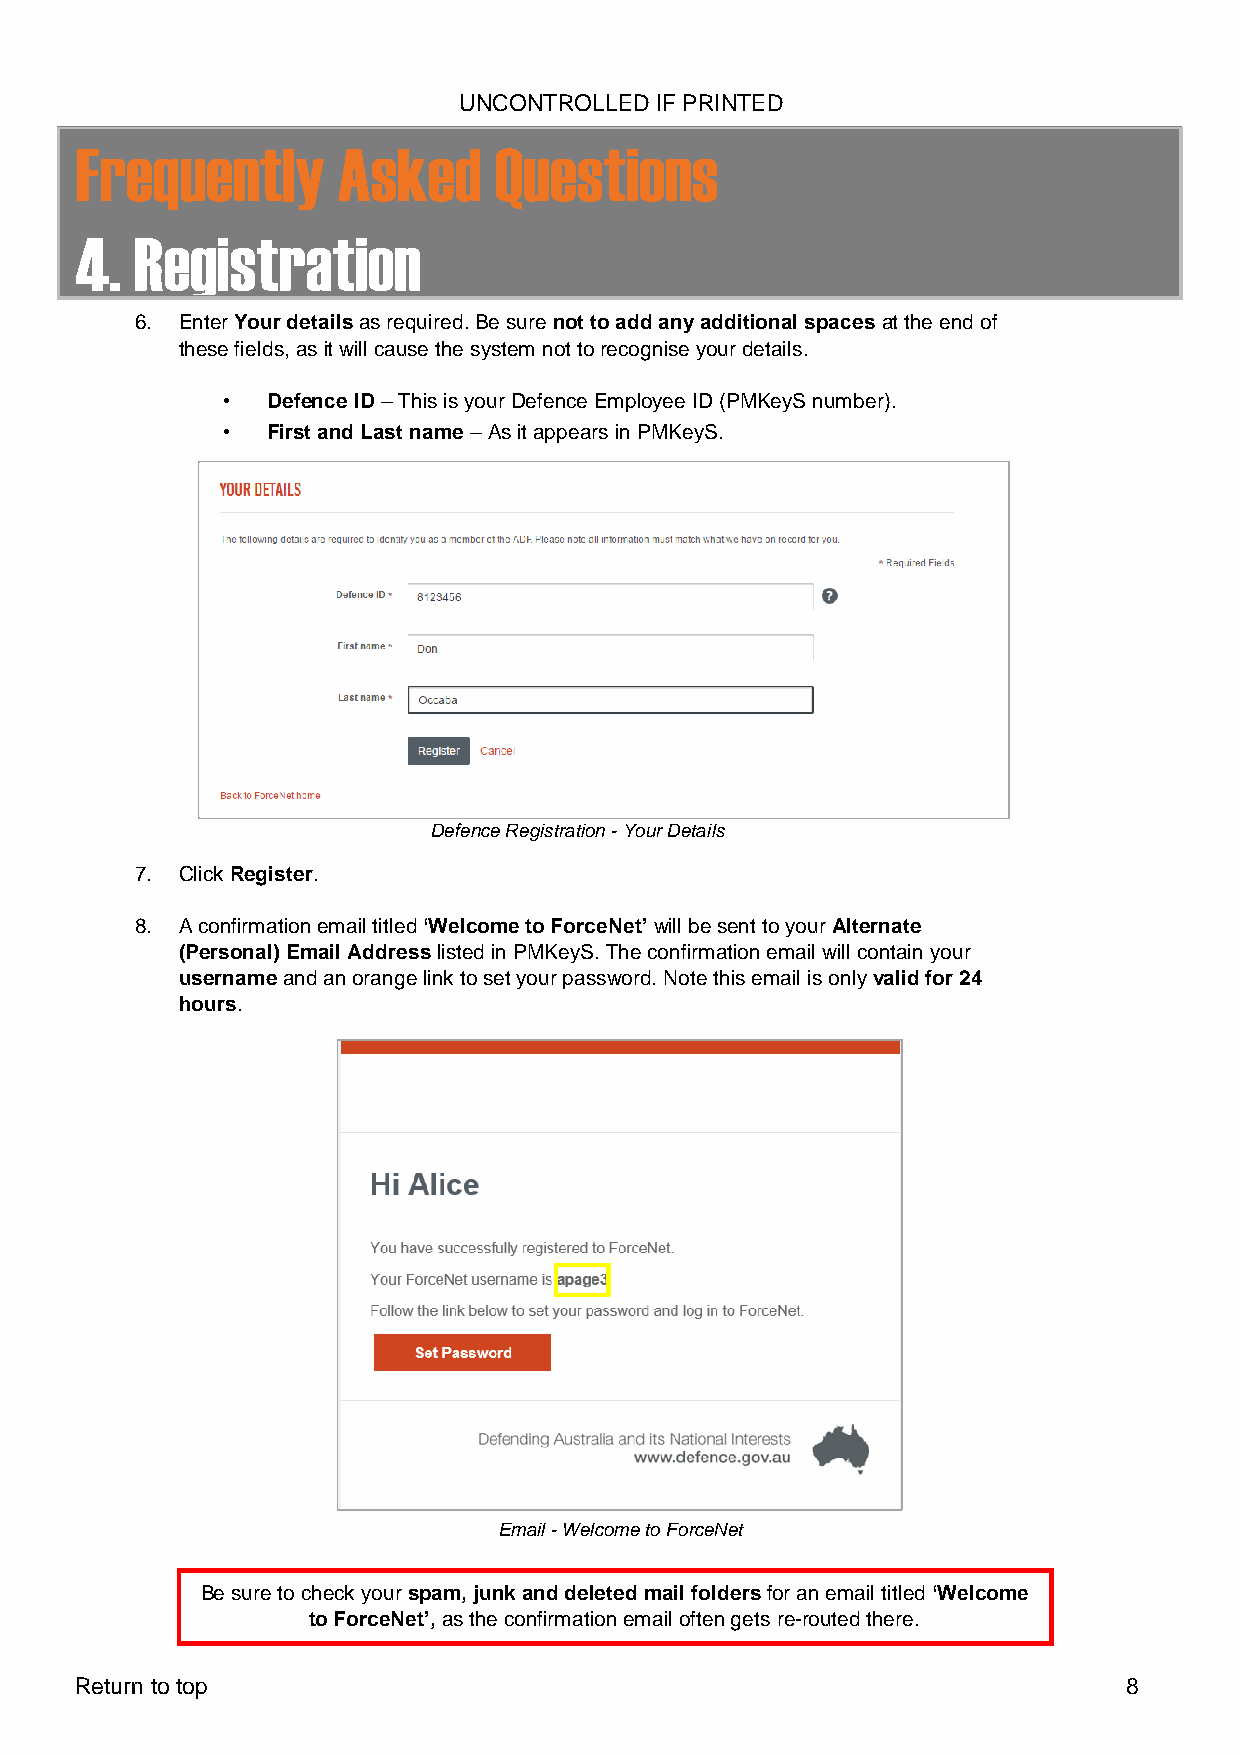
UNCONTROLLED IF PRINTED
 Frequently       Asked      Questions
 4.  Registration
 6. Enter Your details as required. Be sure not to add any additional spaces at the end of
 these fields, as it will cause the system not to recognise your details.
 •  Defence ID – This is your Defence Employee ID (PMKeyS number).
 •  First and Last name – As it appears in PMKeyS.
 Defence Registration - Your Details
 7. Click Register.
 8. A confirmation email titled ‘Welcome to ForceNet’ will be sent to your Alternate
 (Personal) Email Address listed in PMKeyS. The confirmation email will contain your
 username and an orange link to set your password. Note this email is only valid for 24
 hours.
 Email - Welcome to ForceNet
 Be sure to check your spam, junk and deleted mail folders for an email titled ‘Welcome
 to ForceNet’, as the confirmation email often gets re-routed there.
 Return to top                                                         8